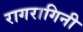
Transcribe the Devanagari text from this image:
रागरागिनी